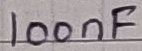
Text: 100nF